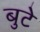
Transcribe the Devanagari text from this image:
बुटे